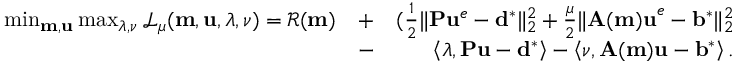
\begin{array} { r l r } { \operatorname* { m i n } _ { \mathbf { m } , \mathbf { u } } \operatorname* { m a x } _ { \boldsymbol { \lambda } , \boldsymbol { \nu } } \mathcal { L } _ { \mu } ( \mathbf { m } , \mathbf { u } , \boldsymbol { \lambda } , \boldsymbol { \nu } ) = \mathcal { R } ( \mathbf { m } ) } & { + } & { ( \frac { 1 } { 2 } \| \mathbf { P } \mathbf { u } ^ { e } - \mathbf { d } ^ { * } \| _ { 2 } ^ { 2 } + \frac { \mu } { 2 } \| \mathbf { A ( m ) u } ^ { e } - \mathbf { b } ^ { * } \| _ { 2 } ^ { 2 } } \\ & { - } & { \left\langle \boldsymbol { \lambda } , \mathbf { P u } - \mathbf { d } ^ { * } \right\rangle - \left\langle \boldsymbol { \nu } , \mathbf { A ( m ) u } - \mathbf { b } ^ { * } \right\rangle . } \end{array}